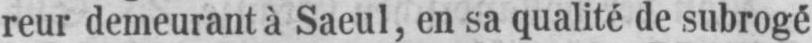
reur demeurant à Saeul, en sa qualité de subrogé